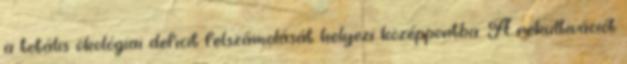
a totális ökológiai deficit felszámolását helyezi középpontba. A rekultivációt